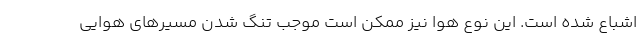
اشباع شده است. این نوع هوا نیز ممکن است موجب تنگ شدن مسیرهای هوایی